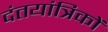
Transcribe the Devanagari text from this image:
दंतयांत्रिकों